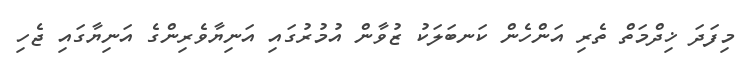
މިފަދަ ޚިދްމަތް ތެރި އަންހެން ކަނބަލަކު ޒުވާން އުމުރުގައި އަނިޔާވެރިންގެ އަނިޔާގައި ޖެހި